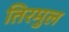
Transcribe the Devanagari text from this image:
तिरमुल